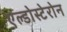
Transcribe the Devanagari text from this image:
एल्डोस्टेरोन